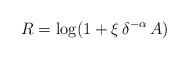
LaTeX: \begin{align*} R = \log (1 + \xi\,\delta^{-\alpha} \, A)\end{align*}